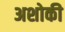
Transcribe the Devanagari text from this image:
अशोकी